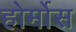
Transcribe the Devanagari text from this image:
होर्मोस